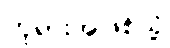
ဘုရားအဖြစ်သို့